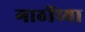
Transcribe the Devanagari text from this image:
गाठींच्या